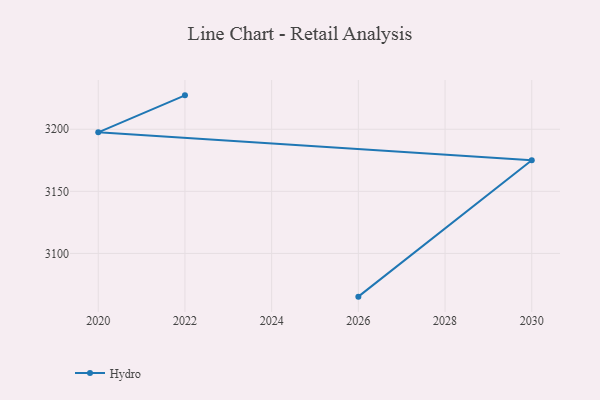
{"axis": {"x": "Year", "y": "Humidity (%)"}, "legend": ["Hydro"], "data": [{"x": "2022", "y": 3227.3, "type": "Hydro"}, {"x": "2020", "y": 3197.5, "type": "Hydro"}, {"x": "2030", "y": 3175.1, "type": "Hydro"}, {"x": "2026", "y": 3065.2, "type": "Hydro"}]}